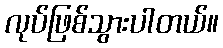
လုပ်ဖြစ်သွားပါတယ်။